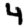
Digit: 4